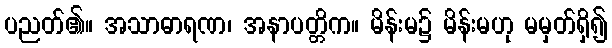
ပညတ်၏။ အသာဓာရဏ၊ အနာပတ္တိက။ မိန်းမ၌ မိန်းမဟု မမှတ်ရှိ၍